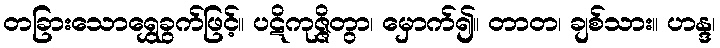
တခြားသောရွှေခွက်ဖြင့်။ ပဋိကုဇ္ဇိတွာ၊ မှောက်၍။ တာတ၊ ချစ်သား။ ဟန္ဒ၊